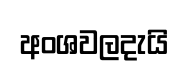
අංශවලදැයි